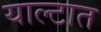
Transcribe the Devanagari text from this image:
याल्टात